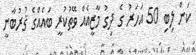
ކަން ލިބި 50 އަހަރު ގެ ދިގު މާޒީއެއް ވޭތުކުރީ ބައެއްގެ ޤުރުބާނީ